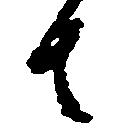
者